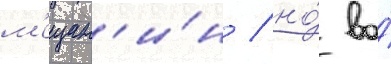
м'ещан'и́н / но́ во́